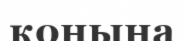
қонына